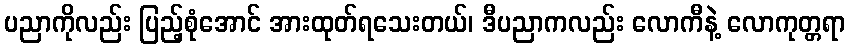
ပညာကိုလည်း ပြည့်စုံအောင် အားထုတ်ရသေးတယ်၊ ဒီပညာကလည်း လောကီနဲ့ လောကုတ္တရာ